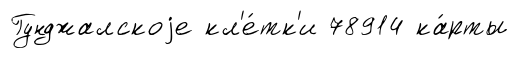
Гунджалскоjе кл'е́тк'и 78914 ка́рты